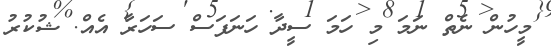
މީހުން ނެތް ނަމަ މި ހަމަ ސީދާ ހަނަފަސް ސަހަރާ އެއް. ޝުކުރު